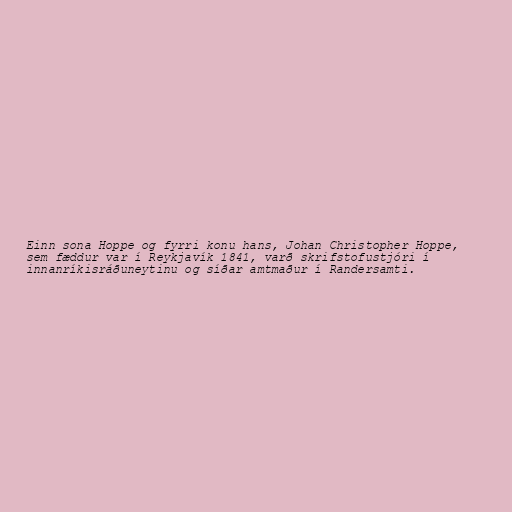
Einn sona Hoppe og fyrri konu hans, Johan Christopher Hoppe,
sem fæddur var í Reykjavík 1841, varð skrifstofustjóri í
innanríkisráðuneytinu og síðar amtmaður í Randersamti.